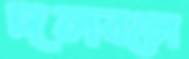
দলবলে